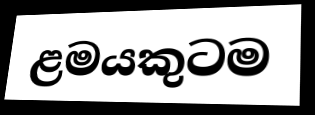
ළමයකුටම